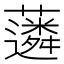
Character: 𧁽